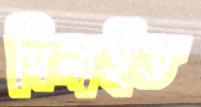
গিলাইত